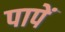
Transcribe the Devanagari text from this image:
पापें